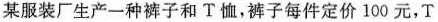
某服装厂生产一种裤子和T恤，裤子每件定价100元，T